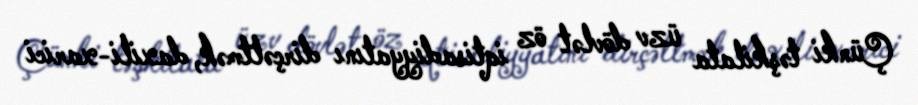
Çünki təşkilata üzv dövlət öz iqtisadiyyatını dirçəltmək, daxili-xarici